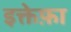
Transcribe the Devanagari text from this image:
इक्तेफ़ा